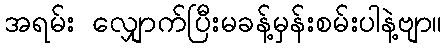
အရမ်း လျှောက်ပြီးမခန့်မှန်းစမ်းပါနဲ့ဗျာ။